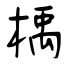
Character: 楀